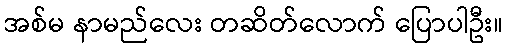
အစ်မ နာမည်လေး တဆိတ်လောက် ပြောပါဦး။